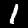
Digit: 1